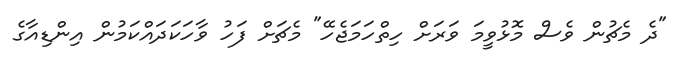
"ދެ މެޗުން ވެސް މޮޅުވީމަ ވަރަށް ހިތްހަމަޖެހޭ" މެޗަށް ފަހު ވާހަކަދައްކަމުން އިންޑިއާގެ